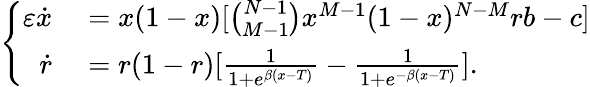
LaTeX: \left\{ \begin{array}{rl}{\varepsilon\dot{x}}&{{}=x(1-x)[\binom{N-1}{M-1}x^{M-1}(1-x)^{N-M}rb-c]}\\ {\dot{r}}&{{}=r(1-r)[\frac{1}{1+e^{\beta(x-T)}}-\frac{1}{1+e^{-\beta(x-T)}}].}\end{array}\right.